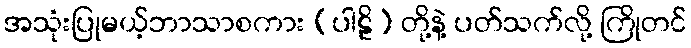
အသုံးပြုမယ့်ဘာသာစကား (ပါဠိ) တို့နဲ့ ပတ်သက်လို့ ကြိုတင်